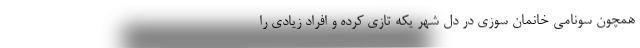
همچون سونامی خانمان سوزی در دل شهر یکه تازی کرده و افراد زیادی را